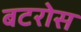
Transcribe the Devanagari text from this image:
बटरोस